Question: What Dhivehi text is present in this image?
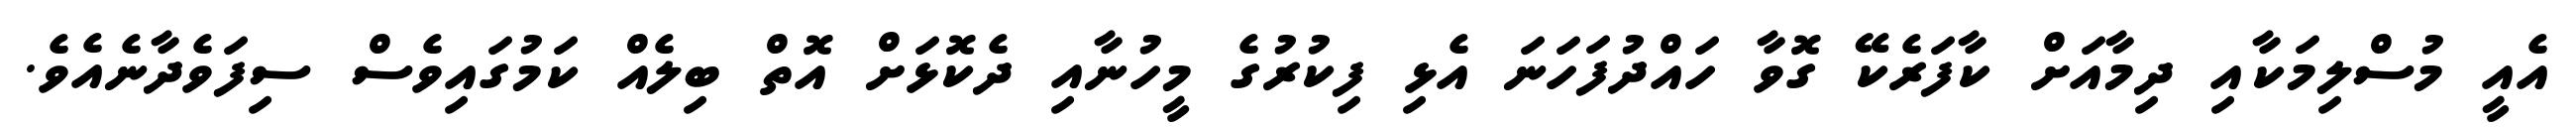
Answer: އެއީ މުސްލިމަކާއި ދިމާއަށް ކާފަރެކޭ ގޮވާ ހައްދުފަހަނަ އެޅި ފިކުރުގެ މީހުނާއި ދެކޮޅަށް އޮތް ބިލެއް ކަމުގައިވެސް ސިފަވެދާނެއެވެ.